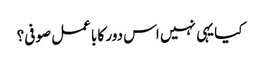
کیا یہی نہیں اس دور کا باعمل صوفی؟